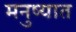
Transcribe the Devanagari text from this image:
मनुष्यात